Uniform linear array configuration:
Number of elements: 12
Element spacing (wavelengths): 0.75
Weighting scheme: cosine
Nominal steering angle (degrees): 45
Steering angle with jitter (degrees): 46.074
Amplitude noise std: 0.05
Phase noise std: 0.05

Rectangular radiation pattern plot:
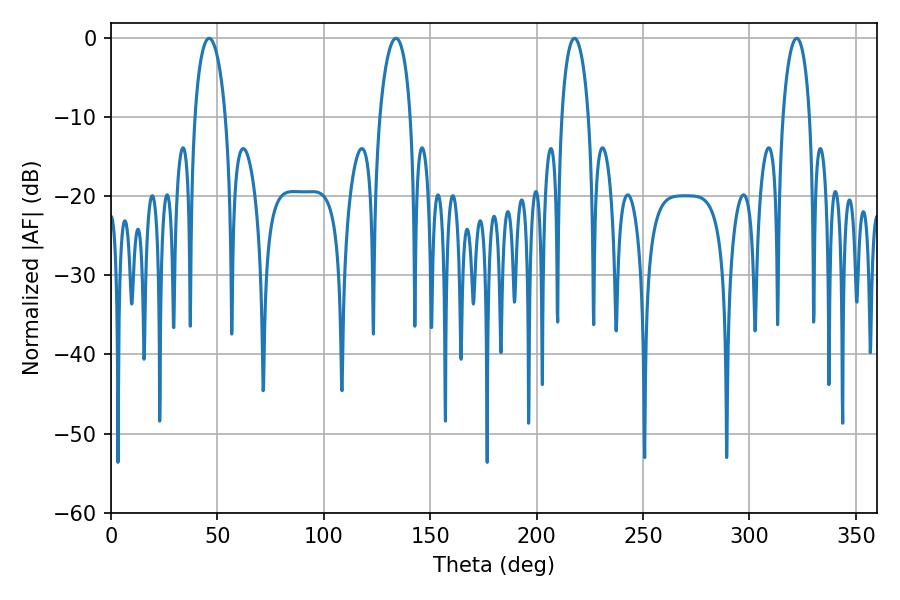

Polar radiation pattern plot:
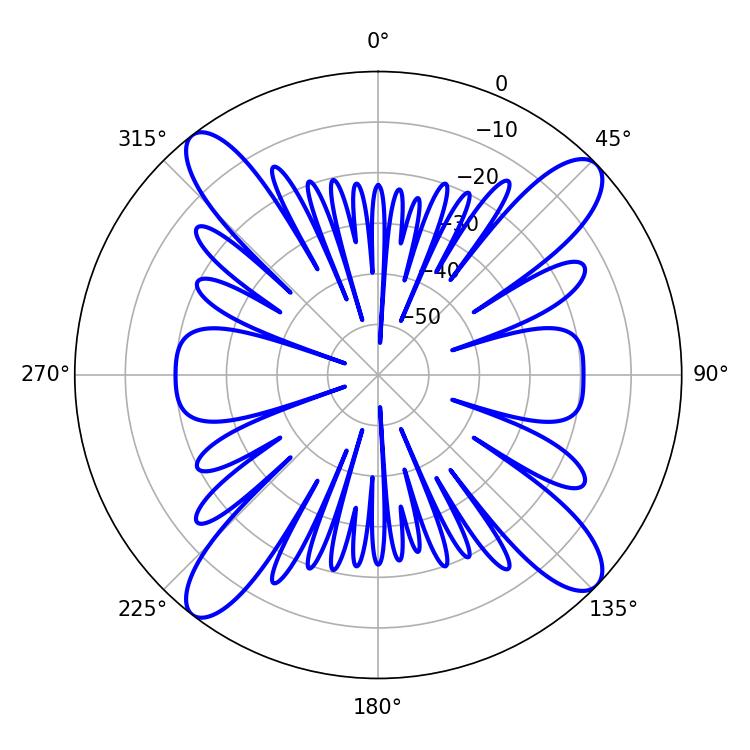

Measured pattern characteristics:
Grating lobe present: TRUE
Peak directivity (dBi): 15.322
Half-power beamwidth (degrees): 7.2
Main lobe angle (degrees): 217.8